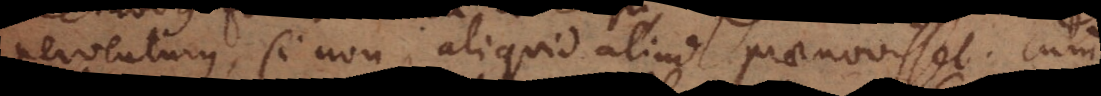
perventurus, si non aliquid aliud praenovisset. Cum